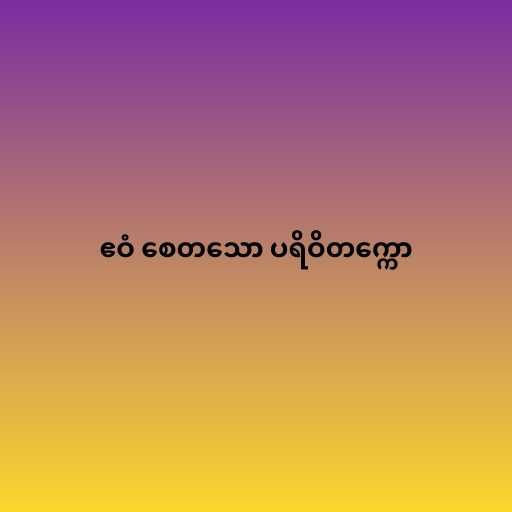
ဧဝံ စေတသော ပရိဝိတက္ကော